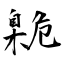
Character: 臲